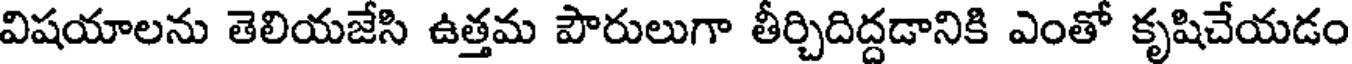
విషయాలను తెలియజేసి ఉత్తమ పౌరులుగా తీర్చిదిద్దడానికి ఎంతో కృషిచేయడం